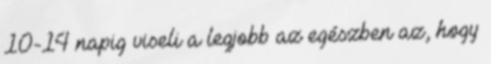
10-14 napig viseli a legjobb az egészben az, hogy